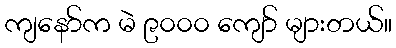
ကျနော်က မဲ ၉၀၀၀ ကျော် များတယ်။